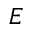
E